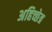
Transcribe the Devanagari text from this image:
अहिच्छेत्र